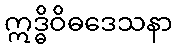
ဣဒ္ဓိဝိဓဒေသနာ